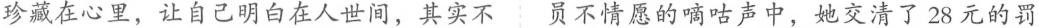
珍藏在心里，让自己明白在人世间，其实不员不情愿的嘀咕声中，她交清了28元的罚